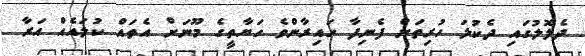
ދެލޮލުގައި ދެކުލަ ހުރިތަން ފެނިފާ ހައިރާންވެ ހަޔާތީގެ މޫނަށް އެތައް ކުލައެއް އަރާ